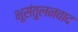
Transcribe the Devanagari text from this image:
भूसंतुलनवाद